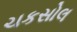
ચકસોલ